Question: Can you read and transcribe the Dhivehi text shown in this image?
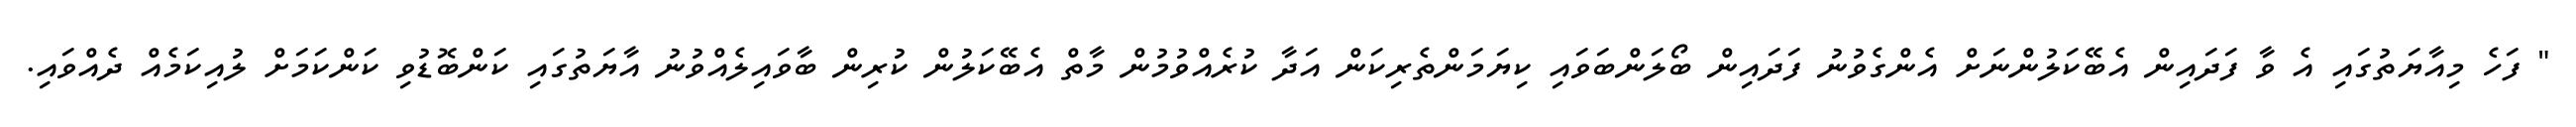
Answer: " ފަހެ މިއާޔަތުގައި އެ ވާ ފަދައިން އެބޭކަލުންނަށް އެންގެވުނު ފަދައިން ބޯލަންބަވައި ކިޔަމަންތެރިކަން އަދާ ކުރެއްވުމުން މާތް އެބޭކަލުން ކުރިން ބާވައިލެއްވުނު އާޔަތުގައި ކަންބޮޑުވި ކަންކަމަށް ލުއިކަމެއް ދެއްވައި.